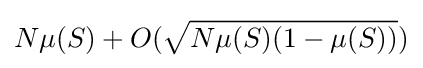
N\mu (S)+O({\sqrt {N\mu (S)(1-\mu (S))}})